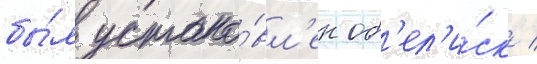
бы́л устано́вл'ен об'ел'и́ск /